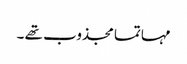
مہاتما مجذوب تھے ۔